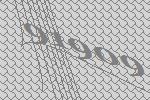
91909